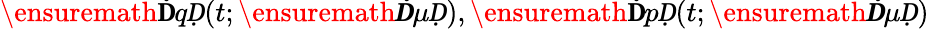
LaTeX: \ensuremath{\mathbf ḊqḌ}(t;\ensuremath{\boldsymbol Ḋ\mu Ḍ}),\ensuremath{\mathbf ḊpḌ}(t;\ensuremath{\boldsymbol Ḋ\mu Ḍ})